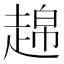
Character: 𧼣